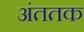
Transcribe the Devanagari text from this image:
अंततक